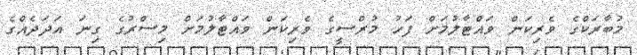
މުބާރަކްގެ ވެރިކަން ވައްޓާލުމަށް ފަހު މުރްސީގެ ވެރިކަން ވައްޓާލުމަށް މިސްރުގެ ގިނަ އަދަދެއްގެ